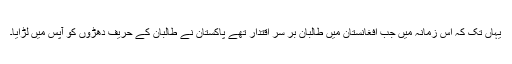
یہاں تک کہ اس زمانہ میں جب افغانستان میں طالبان بر سر اقتدار تھے پاکستان نے طالبان کے حریف دھڑوں کو آپس میں لڑایا۔